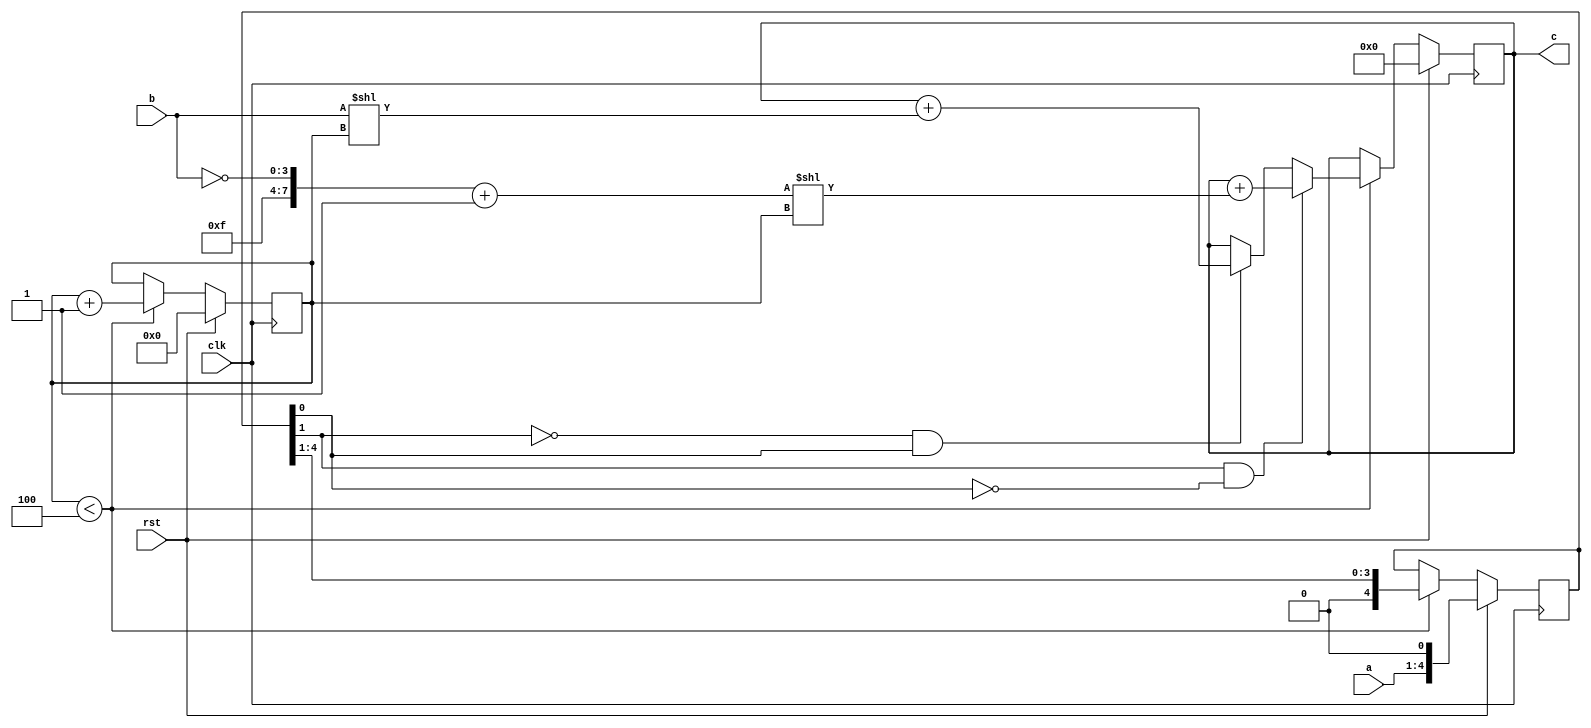
/****************************************/
/*					*/
/*	Filename: bm_4-bit.v		*/
/*	Function: multiplies 2 4-bit	*/
/*		  numbers using booth	*/
/*		  multiplication	*/
/*	Last Edit: 3/18/2018		*/
/*	Owner: Travis Lenz		*/
/*					*/
/****************************************/

`timescale 1 ns / 100 ps

module bm_4b(a, b, c, rst, clk);	

// Constants
parameter WIDTH = 4;

// Port Declarations
input [WIDTH-1:0] a, b;//a will be multiplier, b multiplicand
input clk, rst;	//clock and reset
output [(WIDTH*2)-1:0] c;  //c will be product of a and b

// Registers
reg [(WIDTH*2)-1:0] accumulator; //accumulates sum during booth execution
reg [WIDTH-1:0] ctr; //track which multiplicand bits have been used
reg [WIDTH:0] a_val; //will have dynamic value of a, to be shifted during execution
//reg [WIDTH-1:0] neg_b; //will contain negative b 

// Wires
wire [(2*WIDTH)-1:0] b_wire; //will allow us to operate on b input
wire [(2*WIDTH)-1:0] b_neg_wire; //will allow us to add negative b
//wire a_wire; //will allow us to load a

// Variable Assignments
assign b_wire = {4'h0,b};
assign b_neg_wire = {4'hF,~b} + 1;
assign c = accumulator;
//assign a_wire = a;

// Always Statements
always @ (posedge clk) begin: BOOTH_MULT
	if (rst) begin
		accumulator <= 8'b0;
		ctr <= 0;
		a_val <= (a<<1);
	end else if (ctr < 4) begin
		if ((a_val[1] == 1)&&(a_val[0] == 0)) begin: BOOTH_10
			accumulator <= accumulator + (b_neg_wire<<ctr);
		end else if ((a_val[1] == 0)&&(a_val[0]==1)) begin: BOOTH_01
			accumulator <= accumulator + (b_wire<<ctr);
		end else if (a_val[1] == a_val[0]) begin
			accumulator <= accumulator;
		end
		ctr <= ctr+1;
		a_val <= (a_val >> 1);
	end
end

endmodule